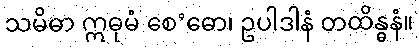
သမိဓာ ဣဓုမံ စေ’ဓော၊ ဥပါဒါနံ တထိန္ဓနံ။